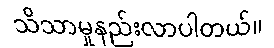
သိသာမှုနည်းလာပါတယ်။